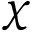
\chi